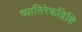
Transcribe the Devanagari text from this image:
व्यातिरेकद्रिष्टि